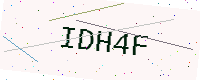
Text: IDH4F